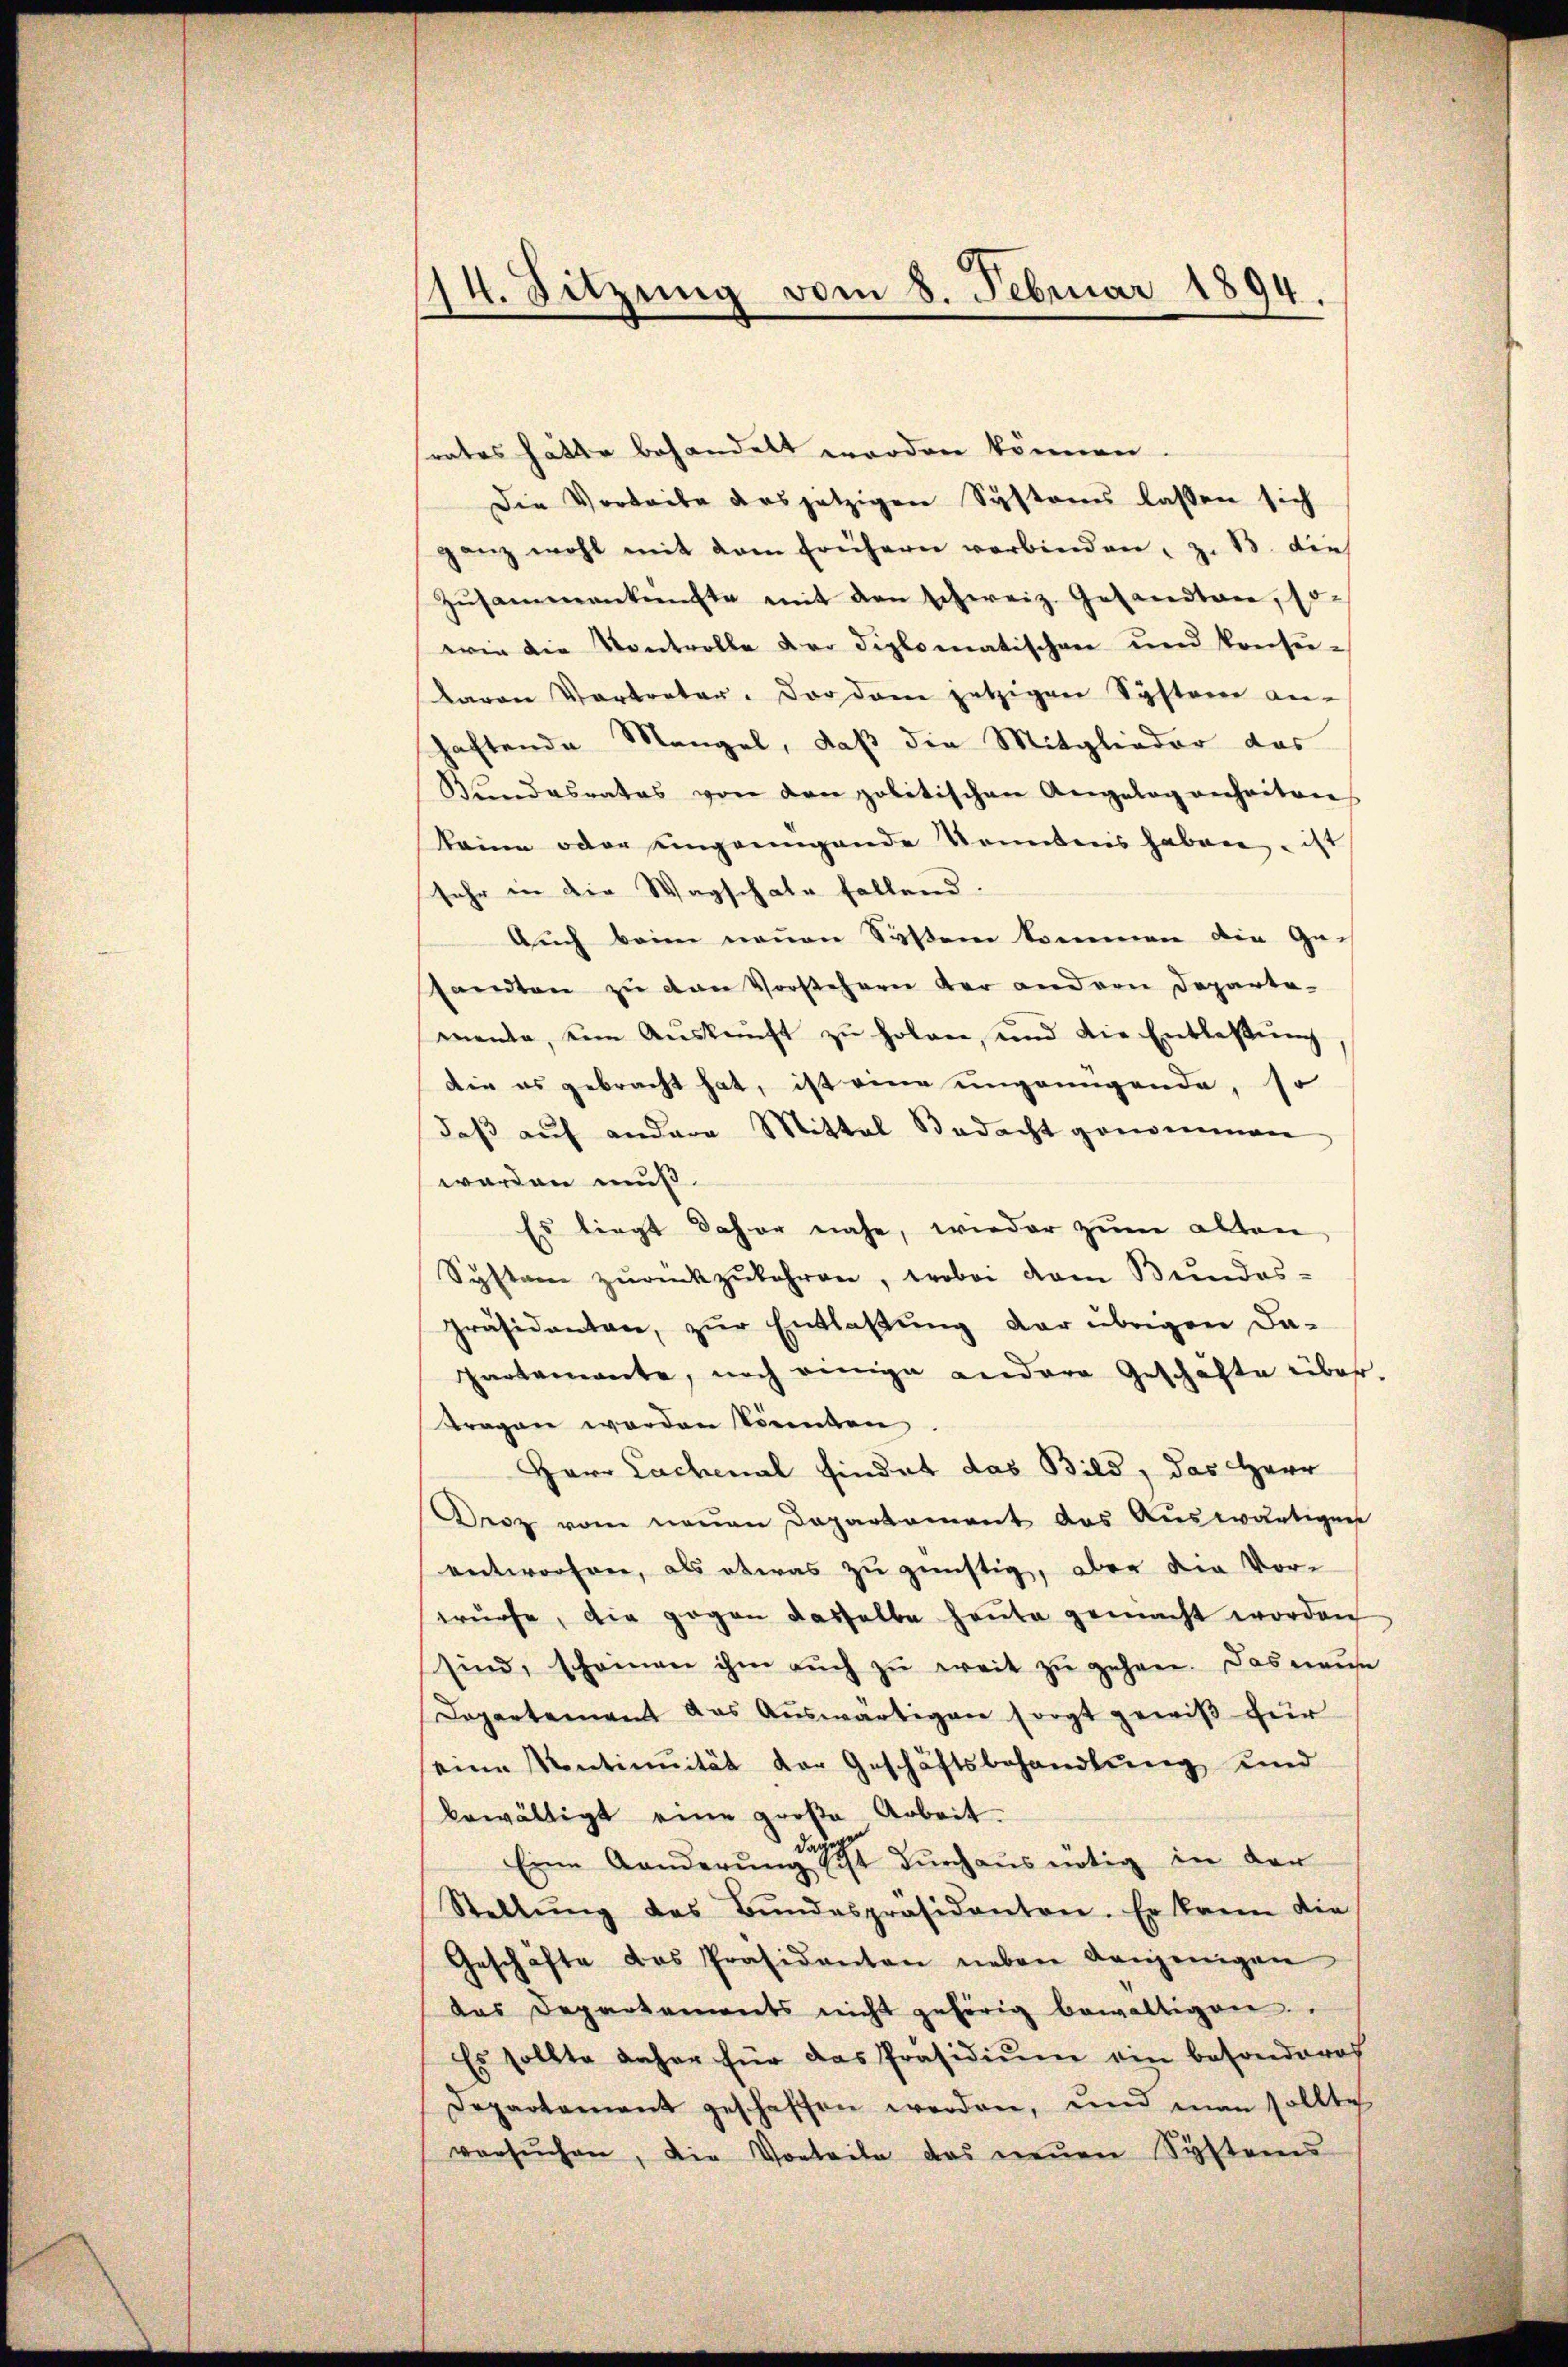
114. Sitzung vom 8. Februar 1894.

rates hätte behandelt worden können.
Die Vorbeite des jetzigen Systems lassen sich
ganz wohl mit dem frühern verbinden, z. B. dies
Zŭsammenkünfte mit den schweiz. Gesandten, so-
wie die Kontrolle der diplomatischen und konse-
davon Vortreter. Dordam jetzigen Systerer an-
haftende Mangel, daß die Mitglieder das
Bŭndesrates von den politischen Angelag verheiten
keine oder eingenügende Sonntens haben, ist
sehr in die Wagschale fallend.
Auch beim neuen Saßen kommen die Gesandten zu den Vorstehern der andern Departe-
mante, eine Aŭskunft zŭ holen, und die Entlassŭng,
Die es gebracht hat, ist eine ungrungende, so
daβ aŭf andere Mittal Bedacht genommen
worden muß.
Es liegt daher nahe, wieder zum alten,
Systeme zŭrückzukehren, wobei dem Bundes-
präsidenten, zur Entlaßung der übrigen da-
partemente, noch einige andere Geschäfte über.
Fragen werden könnten
Herr Lachenal findet das Bild, das Herr
Derz vom neŭen Departament das Aŭswärtigens
entworfen, als etwas zu günstig, aber der Vor-
würfe, die gegen dasselbe heute gemacht worden
sind, scheinen ihm aŭch zŭ weit zŭ gehen. Das maue
Departement das Aŭswärtigen sorgt gewiß für
seine Ventinuität der Geschäftsbehandlŭng und
bewältigt eine große Arbeit
Eine Kanderung des ist durchaus nötig in der
Stellŭng des Bŭndespräsidenten. Er kann die
Geschäfte das Präsidenten neben denjenigen
das Departements nicht gehörig bewaltigen.
Es sollte daher für das Präsidiŭm ein besonderes
Departement geschaffen werden, und man sollte
versŭchen, die Vorteile das neuen Systemes